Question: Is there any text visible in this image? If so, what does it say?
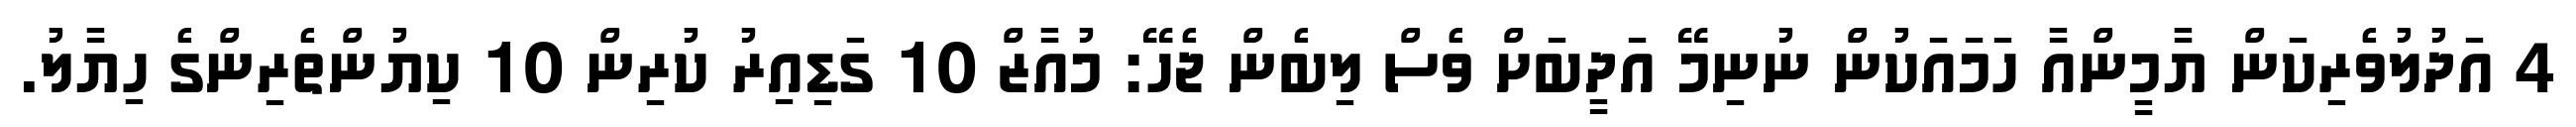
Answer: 4 އަދުލުވެރިކަން ޔާމީންއާ ހަމައަކުން ނުނިމޭ އަދީބަށް ވެސް ލިބެން ޖެހޭ: މުއާޒް 10 ގަޑިއިރު ކުރިން 10 ކިޔުންތެރިންގެ ހިޔާލު.